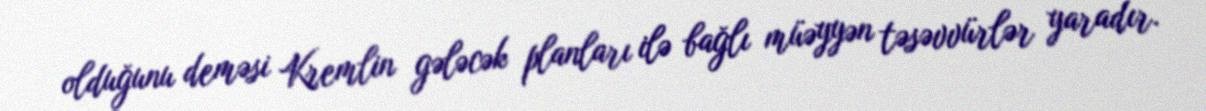
olduğunu deməsi Kremlin gələcək planları ilə bağlı müəyyən təsəvvürlər yaradır.